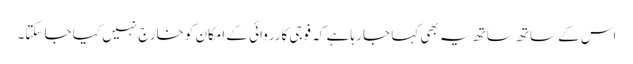
اس کے ساتھ ساتھ یہ بھی کہا جا رہا ہے کہ فوجی کارروائی کے امکان کو خارج نہیں کیا جا سکتا۔